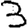
Digit: 3